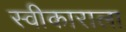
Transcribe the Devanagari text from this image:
स्वीकाराला